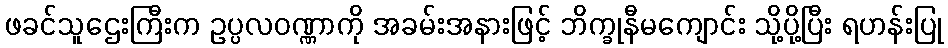
ဖခင်သူဌေးကြီးက ဥပ္ပလဝဏ္ဏာကို အခမ်းအနားဖြင့် ဘိက္ခုနီမကျောင်း သို့ပို့ပြီး ရဟန်းပြု